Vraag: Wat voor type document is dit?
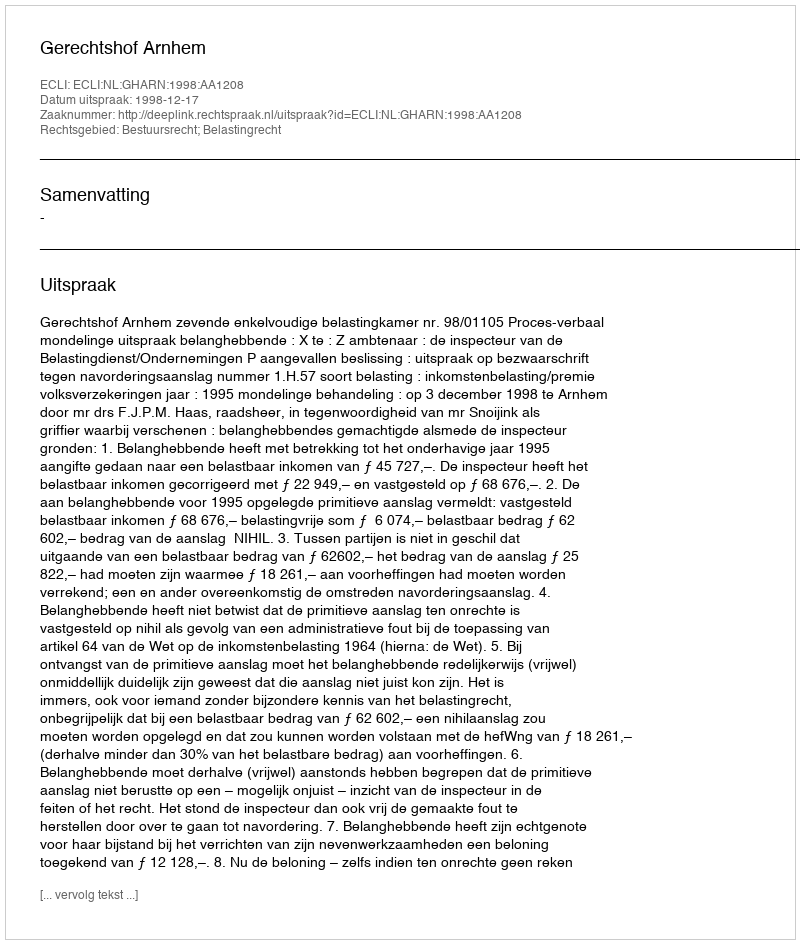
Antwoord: Uitspraak